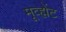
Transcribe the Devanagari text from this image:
मूव्ह्मेंट